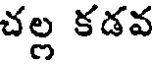
చల్ల కడవ